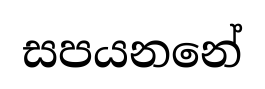
සපයනනේ